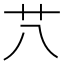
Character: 䒔